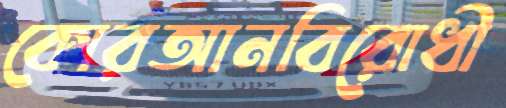
কোরআনবিরোধী